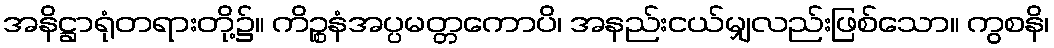
အနိဋ္ဌာရုံတရားတို့၌။ ကိဉ္စနံအပ္ပမတ္တကောပိ၊ အနည်းငယ်မျှလည်းဖြစ်သော။ ကွစနိ၊